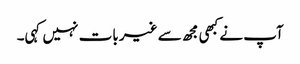
آپ نے کبھی مجھ سے غیر بات نہیں کہی۔